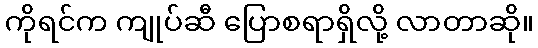
ကိုရင်က ကျုပ်ဆီ ပြောစရာရှိလို့ လာတာဆို။